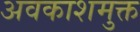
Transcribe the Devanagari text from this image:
अवकाशमुक्त